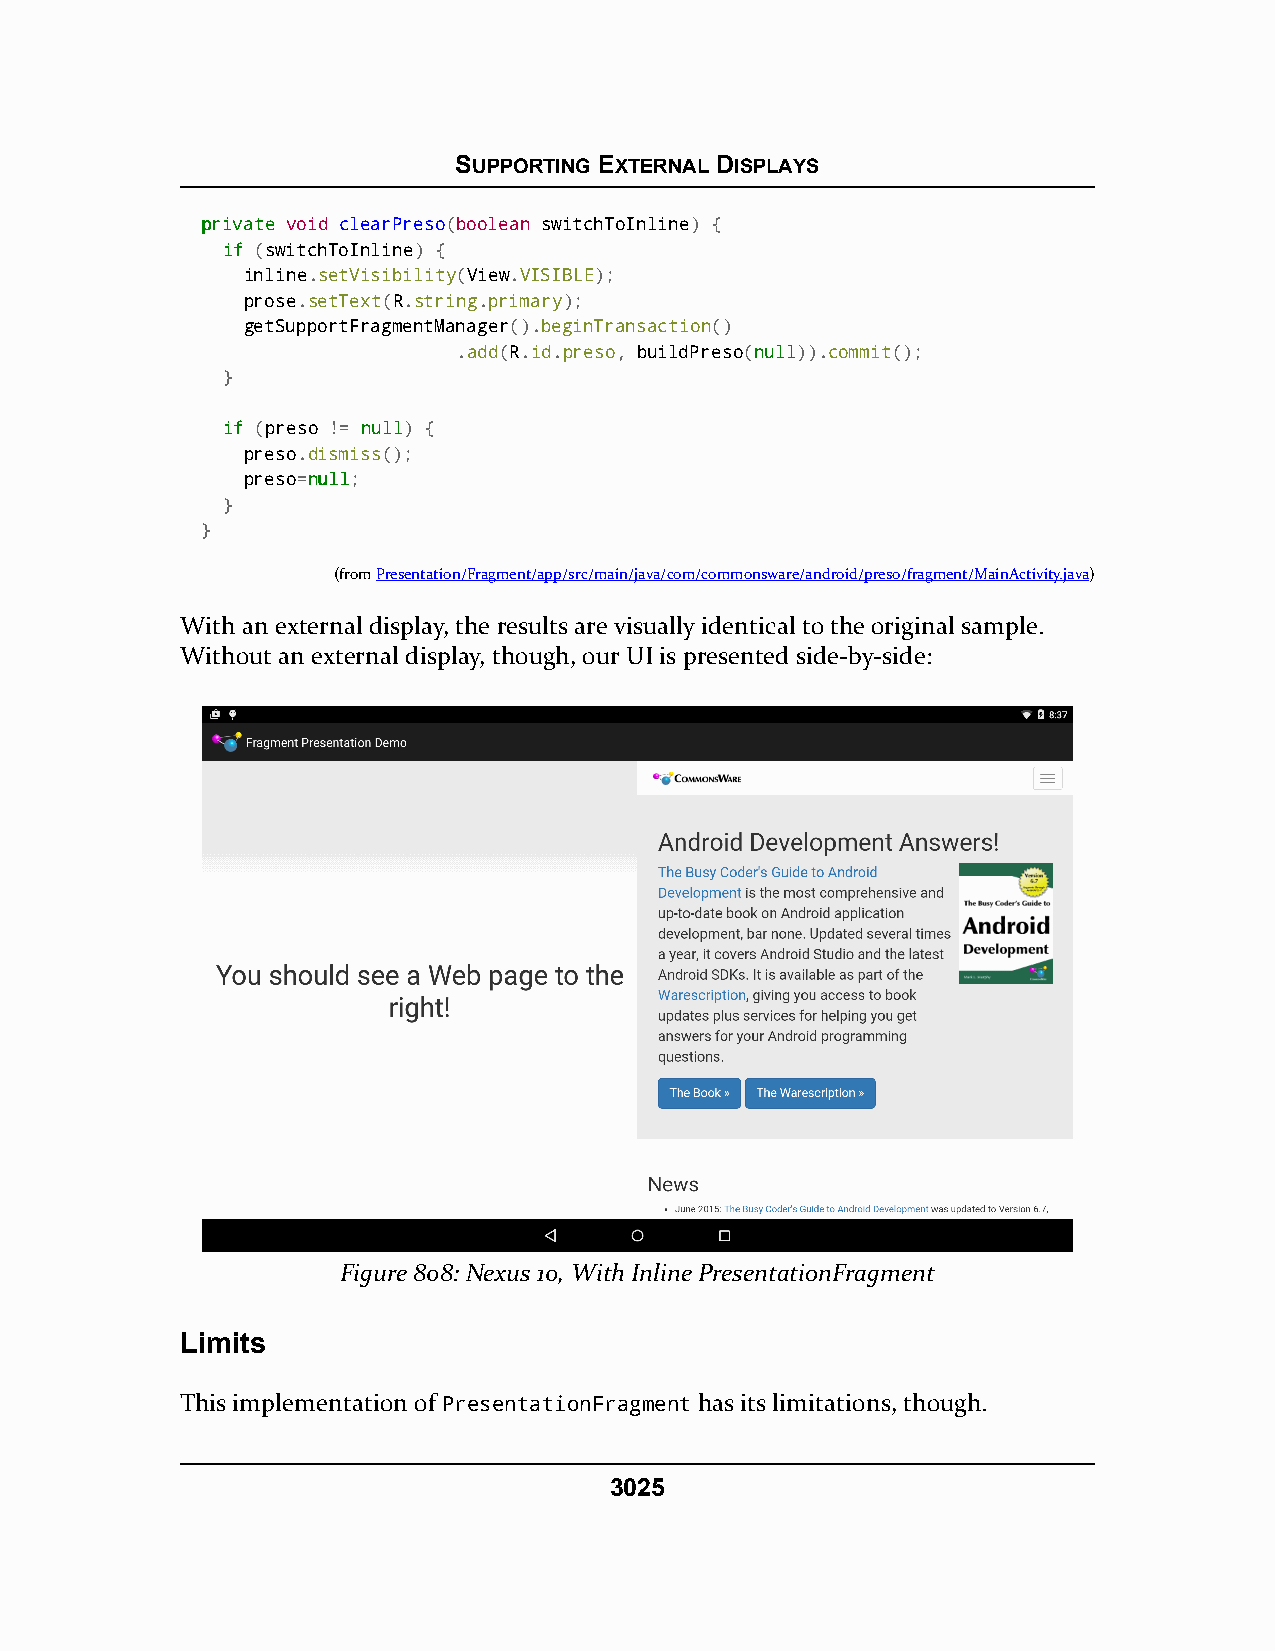
SUPPORTING EXTERNAL DISPLAYS
 pprriivvaattee void clearPreso(boolean switchToInline) {
 iiff (switchToInline) {
 inline.setVisibility(View.VISIBLE);
 prose.setText(R.string.primary);
 getSupportFragmentManager().beginTransaction()
 .add(R.id.preso, buildPreso(nnuullll)).commit();
 }
 iiff (preso != nnuullll) {
 preso.dismiss();
 preso=nnuullll;
 }
 }
 (fromPresentation/Fragment/app/src/main/java/com/commonsware/android/preso/fragment/MainActivity.java)
 With an external display, the results are visually identical to the original sample.
 Without an external display, though, our UI is presented side-by-side:
 Figure 808: Nexus 10, With Inline PresentationFragment
 Limits
 This implementation of PresentationFragment has its limitations, though.
 3025